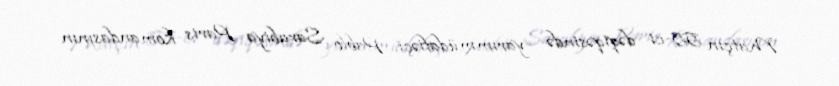
Matçın 55-ci dəqiqəsində yarımmüdafiəçi Pablo Sarabiya Paris komandasının